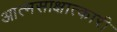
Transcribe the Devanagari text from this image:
आत्मसाक्षात्कारी